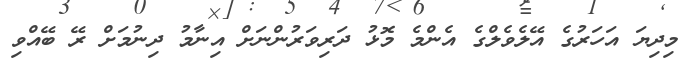
މިދިޔަ އަހަރުގެ އޭލެވެލްގެ އެންމެ މޮޅު ދަރިވަރުންނަށް އިނާމު ދިނުމަށް ރޭ ބޭއްވި